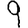
Digit: 9